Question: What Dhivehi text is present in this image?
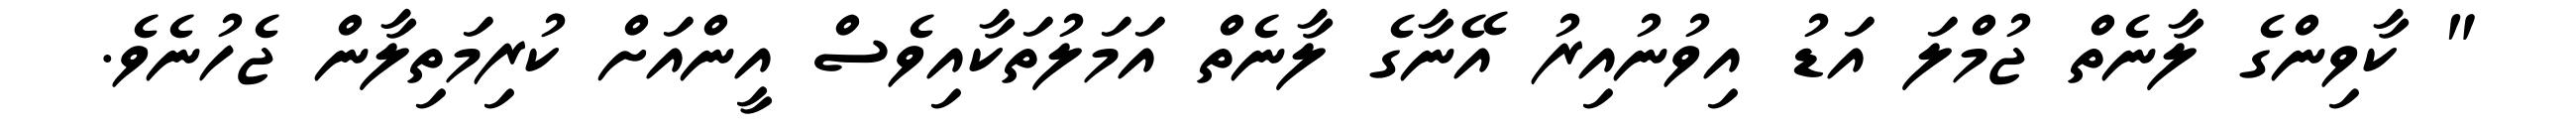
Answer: " ކާވިންގެ ލާނެތް ޖުމްލަ އަޑު އިވުނުއިރު އޭނާގެ ލާނެތް އަމަލުތަކާއިވެސް އީންއަށް ކުރިމަތިލާން ޖެހުނެވެ.